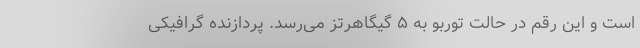
است و این رقم در حالت توربو به ۵ گیگاهرتز می‌رسد. پردازنده گرافیکی